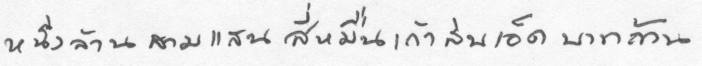
หนึ่งล้านสามแสนสี่หมื่นเก้าสิบเอ็ดบาทถ้วน